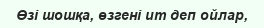
Өзі шошқа, өзгені ит деп ойлар,